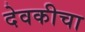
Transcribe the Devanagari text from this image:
देवकीचा